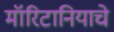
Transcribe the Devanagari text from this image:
मॉरिटानियाचे